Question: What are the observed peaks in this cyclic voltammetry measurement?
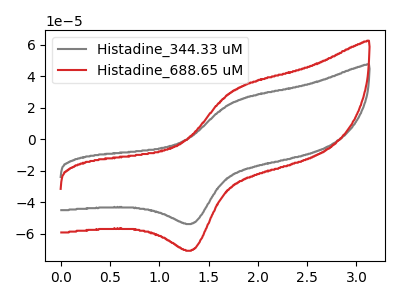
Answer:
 <answer>The gray curve "Histadine_344.33 uM" has an anodic peak at (1.75V, 23.60uA) and a cathodic peak at (1.35V, -53.55uA). The red curve "Histadine_688.65 uM" has an anodic peak at (1.75V, 31.00uA) and a cathodic peak at (1.35V, -70.40uA).</answer>
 <eval></eval>